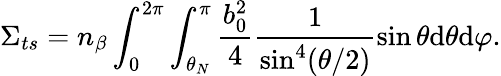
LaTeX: \Sigma_{ts}=n_{\beta}\int_{0}^{2\pi}\int_{\theta_{N}}^{\pi}\frac{b_{0}^{2}}{4}\frac{1}{\sin^{4}(\theta/2)}\sin\theta\mathrm{d}\theta\mathrm{d}\varphi.